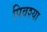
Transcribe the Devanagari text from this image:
पिवश्या